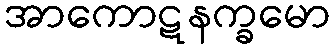
အာကောဋနက္ခမော